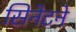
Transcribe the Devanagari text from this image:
सिनेटने